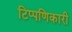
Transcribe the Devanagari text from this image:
टिप्पणिकारी